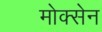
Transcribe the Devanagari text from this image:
मोक्सेन